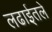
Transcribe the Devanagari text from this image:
लढाईतले